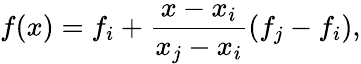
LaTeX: f(x)=f_{i}+\frac{x-x_{i}}{x_{j}-x_{i}}\left(f_{j}-f_{i}\right),